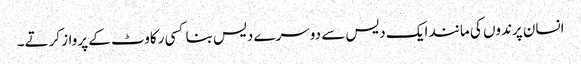
انسان پرندوں کی مانند ایک دیس سے دوسرے دیس بنا کسی رکاوٹ کے پرواز کرتے۔